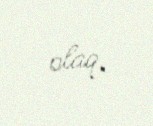
olaq.